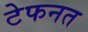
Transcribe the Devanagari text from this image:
टेफनत